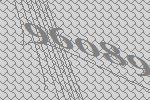
96089